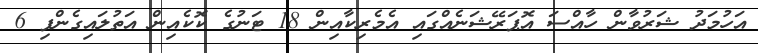
އަހުމަދު ޝަރުވާން ހާއްސަ އޮޕަރޭޝަނެއްގައި އެމެރިކާއިން 18 ޓަނުގެ ކޮކެއިން އަތުލައިގެންފި 6